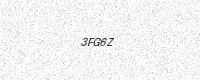
Text: 3FG6Z